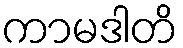
ကာမဒါတိ